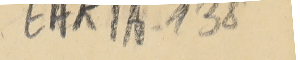
EAK1A-138